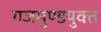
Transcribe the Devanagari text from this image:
गजमुण्डयुक्त